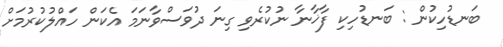
ބަނޑުހިކުން : ބަނޑުހިކި ފާޚާނާ ނުކުރެވި ގިނަ ދުވަސްވާނަމަ އެކަން ހައްލުކުރުމަށް